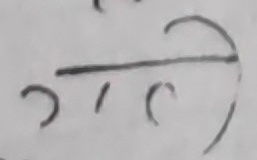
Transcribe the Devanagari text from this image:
ग/२६)